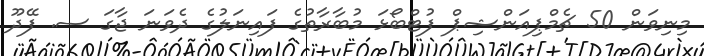
މިނިވަން 50 ޗެމްޕިއަންޝިޕް ފުޓްބޯޅަ މުބާރާތުގެ ފައިނަލުގެ ދެވަނަ ޖާގަ ސ. ފޭދޫ